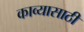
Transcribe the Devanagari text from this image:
काव्यासाठी